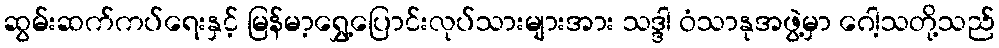
ဆွမ်းဆက်ကပ်ရေးနှင့် မြန်မာ့ရွှေ့ပြောင်းလုပ်သားများအား သဒ္ဒါ ဝံသာနုအဖွဲ့မှာ ဂေါ့သတို့သည်